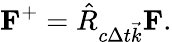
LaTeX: \mathbf{F}^{+}=\hat{R}_{c\Delta t\vec{k}}\mathbf{F}.